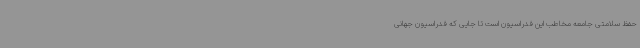
حفظ سلامتی جامعه مخاطب این فدراسیون است تا جایی که فدراسیون جهانی